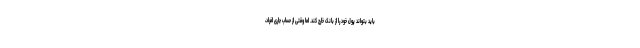
باید بتواند پول خود را از بانک خارج کند. اما وقتی از حساب جاری افراد،